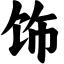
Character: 饰